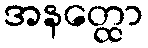
အနတ္ထော